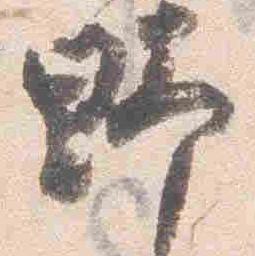
野